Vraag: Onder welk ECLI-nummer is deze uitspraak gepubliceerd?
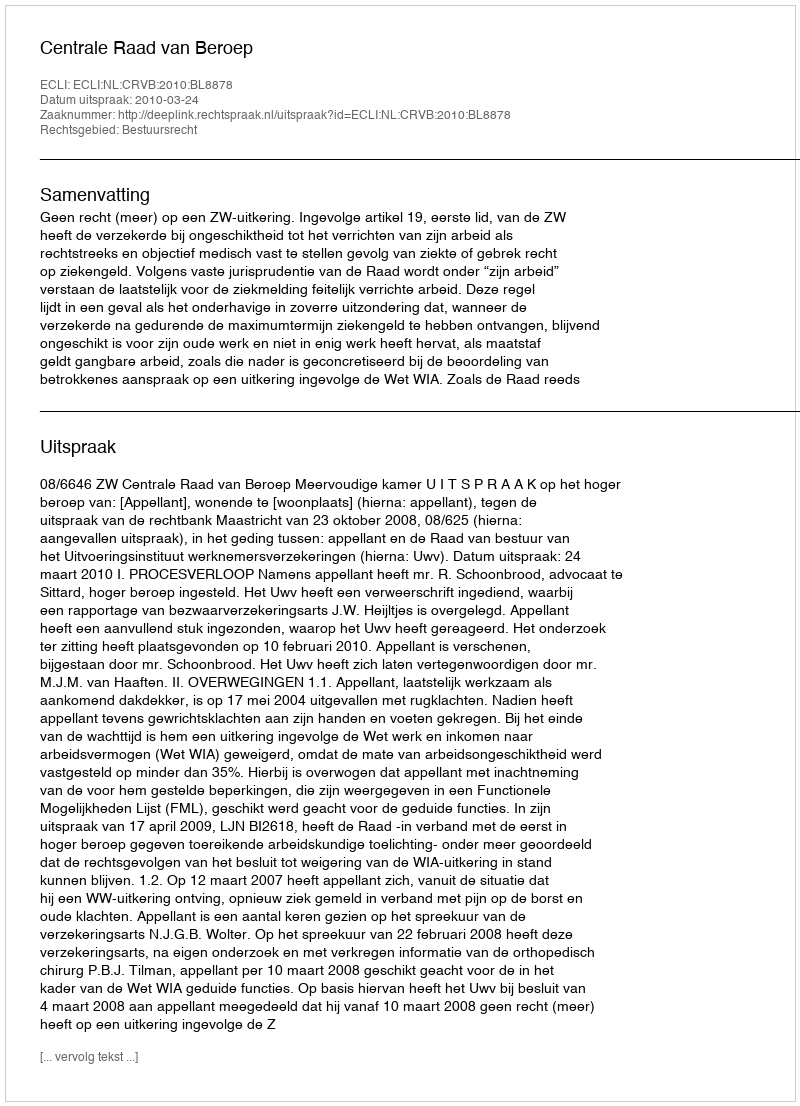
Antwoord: ECLI:NL:CRVB:2010:BL8878